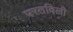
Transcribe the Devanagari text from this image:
परतविली